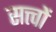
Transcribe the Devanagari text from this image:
सत्त्वों